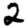
Digit: 2